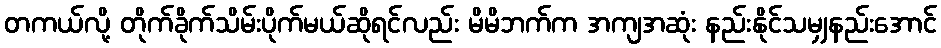
တကယ်လို့ တိုက်ခိုက်သိမ်းပိုက်မယ်ဆိုရင်လည်း မိမိဘက်က အကျအဆုံး နည်းနိုင်သမျှနည်းအောင်